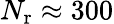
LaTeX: {N_{\mathrm{r}}}\approx 300